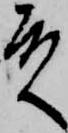
殿